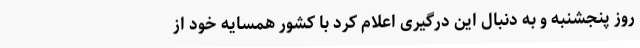
روز پنجشنبه و به دنبال این درگیری اعلام کرد با کشور همسایه خود از